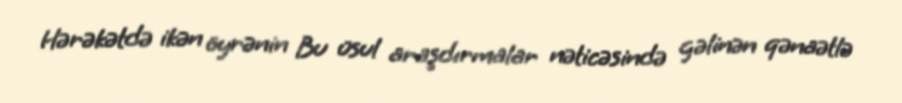
Hərəkətdə ikən öyrənin Bu üsul araşdırmalar nəticəsində gəlinən qənaətlə